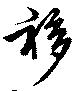
袳